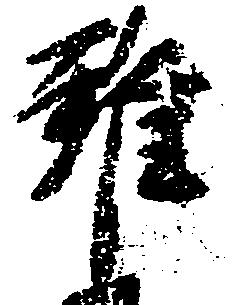
雖